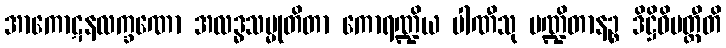
အာကောဋနလက္ခဏော အလဒ္ဓသမ္မုတိတာ ကောရဏ္ဍိယ ပါဏီသု ပဏ္ဍိတာနဉ္စ ဒိဋ္ဌိဝိပတ္တီတိ